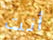
أنت